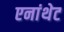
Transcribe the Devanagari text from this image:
एनांथेट